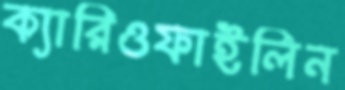
ক্যারিওফাইলিন